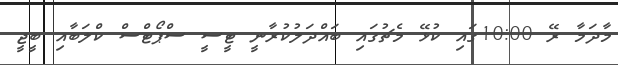
މާދަމާ ރޭ 10:00ގައި ކުޅޭ މެޗުގައި ބައްދަލުކުރާނީ ޓީސީ ސްޕޯޓްސް ކްލަބާއި ބީޖީ